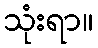
သုံးရာ။